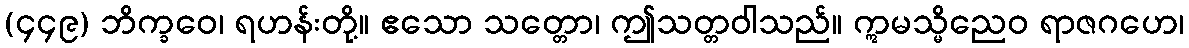
(၄၄၉) ဘိက္ခဝေ၊ ရဟန်းတို့။ ဧသော သတ္တော၊ ဤသတ္တဝါသည်။ ဣမသ္မိညေဝ ရာဇဂဟေ၊